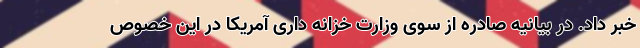
خبر داد. در بیانیه صادره از سوی وزارت خزانه داری آمریکا در این خصوص